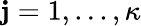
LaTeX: \mathbf{j}=1,...,\kappa